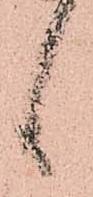
言